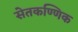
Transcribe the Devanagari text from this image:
सेतकण्णिक